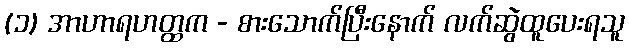
(၁) အာဟာရဟတ္ထက - စားသောက်ပြီးနောက် လက်ဆွဲထူပေးရသူ